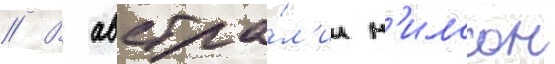
// В австра́л'ии н'илссон